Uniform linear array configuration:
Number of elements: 8
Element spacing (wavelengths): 0.75
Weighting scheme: uniform
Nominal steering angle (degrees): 60
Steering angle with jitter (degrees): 58.366
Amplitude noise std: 0.05
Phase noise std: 0.05

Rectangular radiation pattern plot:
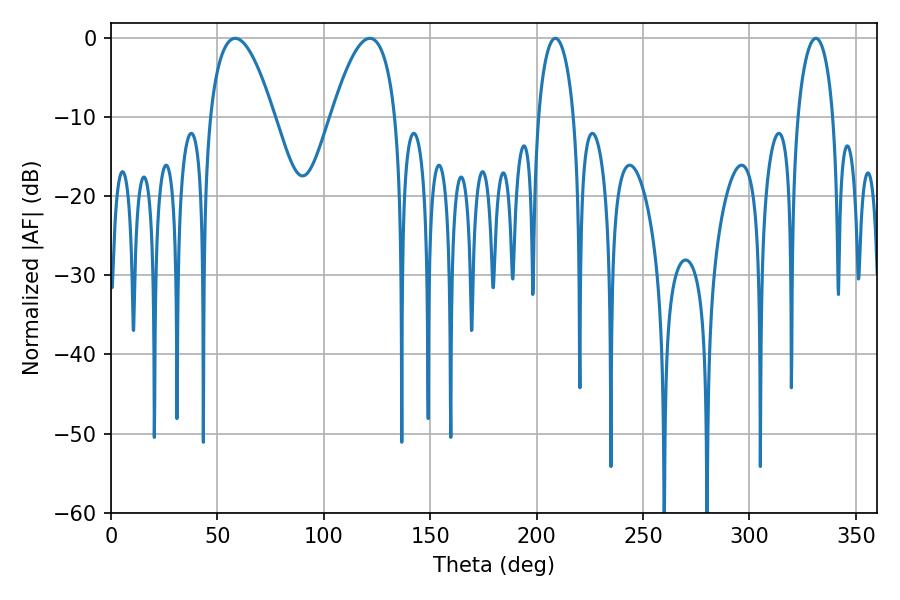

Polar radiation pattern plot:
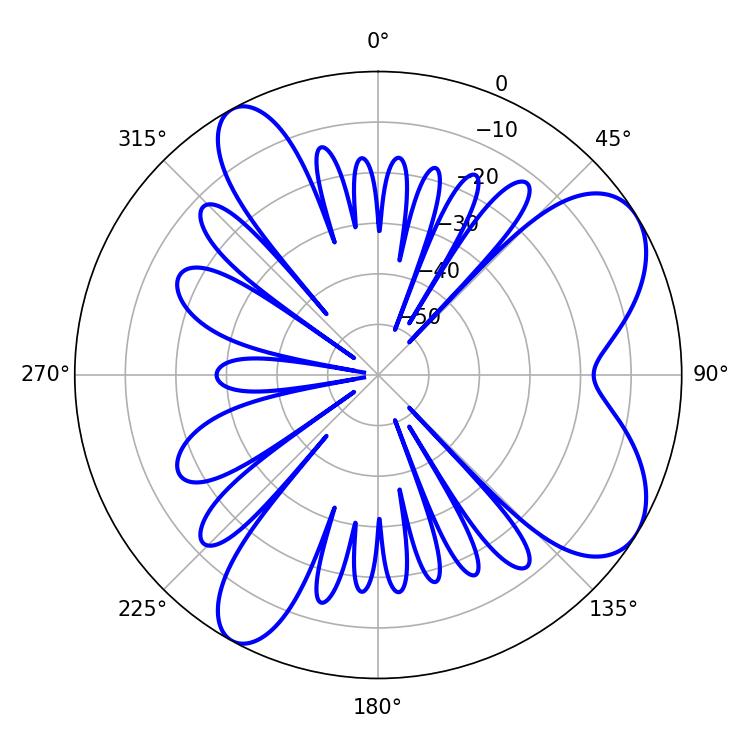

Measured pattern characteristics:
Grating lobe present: TRUE
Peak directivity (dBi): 7.41
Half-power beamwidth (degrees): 9.54
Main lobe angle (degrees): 208.8